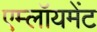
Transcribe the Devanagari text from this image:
एम्लॉयमेंट